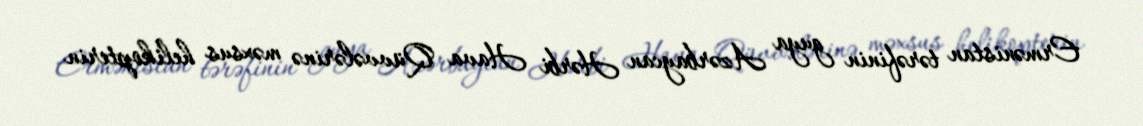
Ermənistan tərəfinin guya Azərbaycan Hərbi Hava Qüvvələrinə məxsus helikopterin